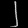
Digit: ၂